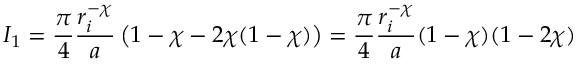
I _ { 1 } = \frac { \pi } { 4 } \frac { r _ { i } ^ { - \chi } } { a } \left( 1 - \chi - 2 \chi ( 1 - \chi ) \right) = \frac { \pi } { 4 } \frac { r _ { i } ^ { - \chi } } { a } ( 1 - \chi ) ( 1 - 2 \chi )